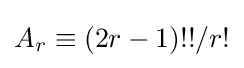
A_{r}\equiv (2r-1)!!/r!